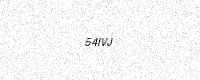
Text: 54IVJ